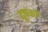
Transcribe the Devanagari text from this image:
दूषकों